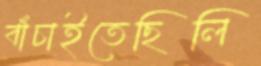
বাঁচাইতেছিলি